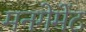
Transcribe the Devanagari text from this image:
मनगेमेंट